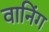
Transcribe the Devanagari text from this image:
वानिंग